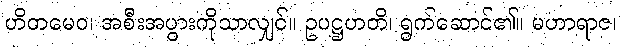
ဟိတမေဝ၊ အစီးအပွားကိုသာလျှင်။ ဥပဋ္ဌဟတိ၊ ရွက်ဆောင်၏။ မဟာရာဇ၊